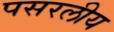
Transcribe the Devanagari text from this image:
पसरलीय